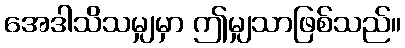
အေဒါသိသမျှမှာ ဤမျှသာဖြစ်သည်။